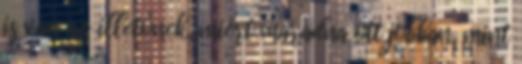
is van az illetőnek, miért maradna ott jobban, mint